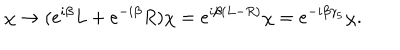
LaTeX: \chi \to ( e ^ { i \beta } L + e ^ { - i \beta } R ) \chi = e ^ { i \beta ( L - R ) } \chi = e ^ { - i \beta \gamma _ { 5 } } \chi .